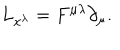
LaTeX: L _ { x ^ { \lambda } } = F ^ { \mu \lambda } \partial _ { \mu } .